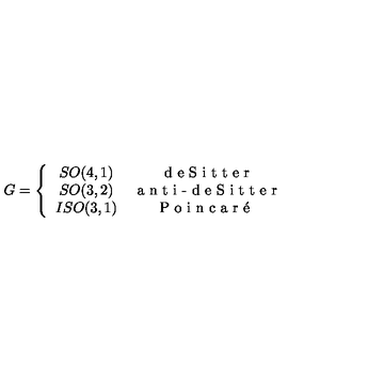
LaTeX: G = \left\{ \begin{array} { c c } { S O ( 4 , 1 ) } & { \textrm { d e S i t t e r } } \\ { S O ( 3 , 2 ) } & { \textrm { a n t i - d e S i t t e r } } \\ { I S O ( 3 , 1 ) } & { \textrm { P o i n c a r \' { e } } } \\ \end{array} \right.